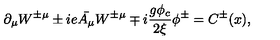
\partial _ { \mu } W ^ { \pm \mu } \pm i e \bar { A _ { \mu } } W ^ { \pm \mu } \mp i \frac { g \phi _ { c } } { 2 \xi } \phi ^ { \pm } = C ^ { \pm } ( x ) ,